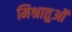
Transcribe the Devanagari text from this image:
मिश्रातुओं